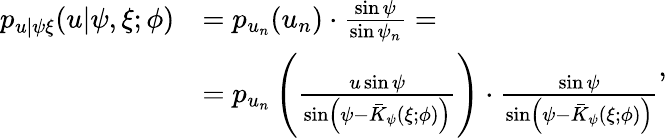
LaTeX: \begin{array}{rl}{p_{u|\psi\xi}(u|\psi,\xi;\phi)}&{=p_{u_{n}}(u_{n})\cdot\frac{\sin\psi}{\sin\psi_{n}}=}\\ &{=p_{u_{n}}\left(\frac{u\sin\psi}{\sin\left(\psi-\bar{K}_{\psi}(\xi;\phi)\right)}\right)\cdot\frac{\sin\psi}{\sin\left(\psi-\bar{K}_{\psi}(\xi;\phi)\right)}}\end{array}\mathrm{,}